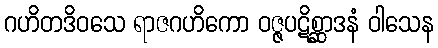
ဂဟိတဒိဝသေ ရာဇဂဟိကော ဝဇ္ဇပဋိစ္ဆာဒနံ ဝါသေန